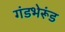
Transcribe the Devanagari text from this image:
गंडभेरूंड